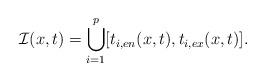
\begin{align*} \mathcal{I}(x,t)=\bigcup_{i=1}^p[t_{i,en}(x,t),t_{i,ex}(x,t)].\end{align*}